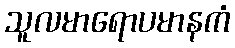
သူလမာရောပမာနကံ